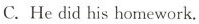
C.He did his homework.